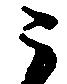
う